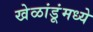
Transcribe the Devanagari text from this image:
खेळांडूंमध्ये